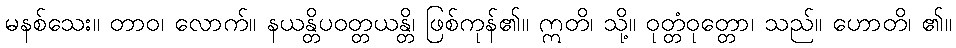
မနစ်သေး။ တာဝ၊ လောက်။ နယန္တိပဝတ္တယန္တိ၊ ဖြစ်ကုန်၏။ ဣတိ၊ သို့။ ဝုတ္တံဝုတ္တော၊ သည်။ ဟောတိ၊ ၏။